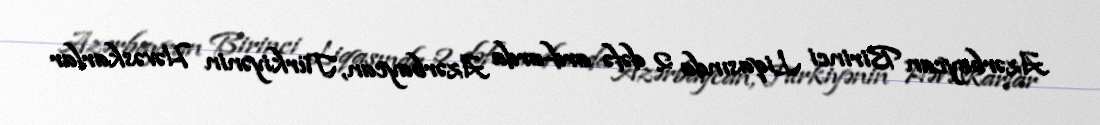
Azərbaycan Birinci Liqasında 2 dəfə ard-arda Azərbaycan, Türkiyənin Həvəskarlar